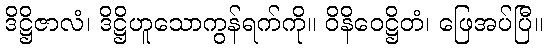
ဒိဋ္ဌိဇာလံ၊ ဒိဋ္ဌိဟူသောကွန်ရက်ကို။ ဝိနိဝေဋ္ဌိတံ၊ ဖြေအပ်ပြီ။